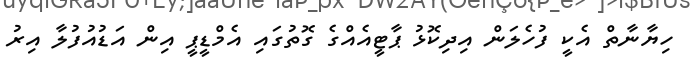
ހިޔާނާތް އެކީ ފުހެލަން އިދިކޮޅު ޕާޓީއެއްގެ ގޮތުގައި އެމްޑީޕީ އިން އަޑުއުފުލާ އިރު